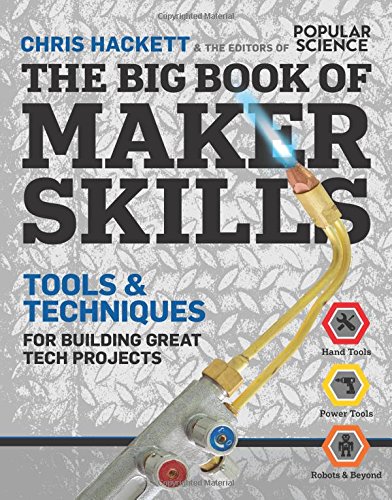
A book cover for The Big Book of Maker Skills (Popular Science): Tools & Techniques for Building Great Tech Projects; Chris Hackett; Crafts, Hobbies & Home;